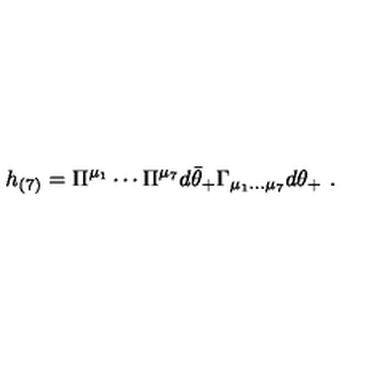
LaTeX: h _ { ( 7 ) } = \Pi ^ { \mu _ { 1 } } \cdots \Pi ^ { \mu _ { 7 } } d \bar { \theta } _ { + } \Gamma _ { \mu _ { 1 } \dots \mu _ { 7 } } d \theta _ { + } \ .